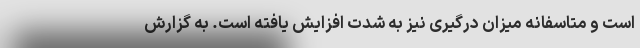
است و متاسفانه میزان درگیری نیز به شدت افزایش یافته است. به گزارش